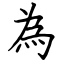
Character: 為